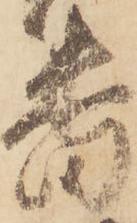
番